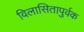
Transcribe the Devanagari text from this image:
विलासितापुर्वक